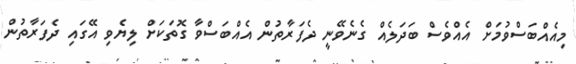
މިއެއްބަސްވުމަށް އެއްވެސް ބަދަލެއް ގެނެވޭނީ ދެފަރާތުން އެއްބަސްވާ ގޮތަކަށް ލިޔެވި އޭގައި ދެފަރާތުން